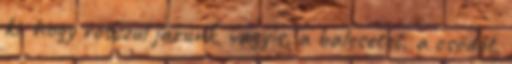
ki, hogy rosszul járunk, vagyis, a balesetet, a csõdöt,